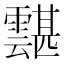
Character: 𩅾